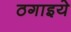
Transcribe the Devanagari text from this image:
ठगाइये